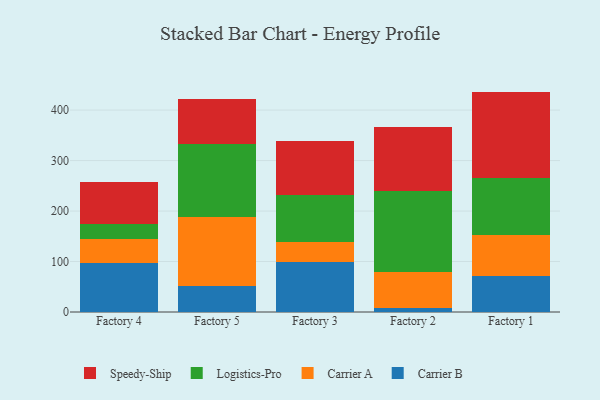
{"axis": {"x": "Factory", "y": "Bounce Rate (%)"}, "legend": ["Carrier A", "Carrier B", "Logistics-Pro", "Speedy-Ship"], "data": [{"x": "Factory 4", "y": 97.9, "type": "Carrier B"}, {"x": "Factory 4", "y": 47.3, "type": "Carrier A"}, {"x": "Factory 4", "y": 29.9, "type": "Logistics-Pro"}, {"x": "Factory 4", "y": 82.0, "type": "Speedy-Ship"}, {"x": "Factory 5", "y": 51.7, "type": "Carrier B"}, {"x": "Factory 5", "y": 136.9, "type": "Carrier A"}, {"x": "Factory 5", "y": 143.7, "type": "Logistics-Pro"}, {"x": "Factory 5", "y": 89.3, "type": "Speedy-Ship"}, {"x": "Factory 3", "y": 98.1, "type": "Carrier B"}, {"x": "Factory 3", "y": 40.6, "type": "Carrier A"}, {"x": "Factory 3", "y": 92.4, "type": "Logistics-Pro"}, {"x": "Factory 3", "y": 108.6, "type": "Speedy-Ship"}, {"x": "Factory 2", "y": 7.6, "type": "Carrier B"}, {"x": "Factory 2", "y": 71.8, "type": "Carrier A"}, {"x": "Factory 2", "y": 159.5, "type": "Logistics-Pro"}, {"x": "Factory 2", "y": 126.8, "type": "Speedy-Ship"}, {"x": "Factory 1", "y": 70.5, "type": "Carrier B"}, {"x": "Factory 1", "y": 82.0, "type": "Carrier A"}, {"x": "Factory 1", "y": 112.2, "type": "Logistics-Pro"}, {"x": "Factory 1", "y": 171.9, "type": "Speedy-Ship"}]}